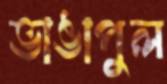
ভাঙাপুল